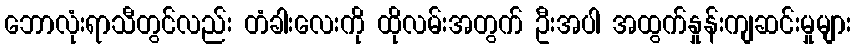
ဘောလုံးရာသီတွင်လည်း တံခါးလေးကို ထိုလမ်းအတွက် ဦးအပါ အထွက်နှုန်းကျဆင်းမှုများ